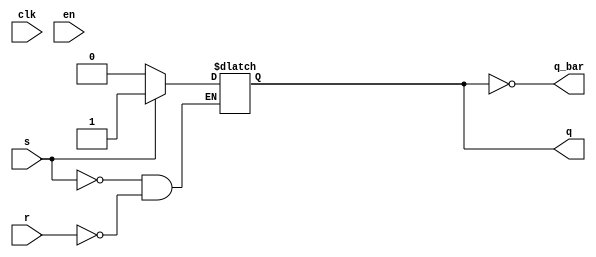
`timescale 1ps / 1ps
//////////////////////////////////////////////////////////////////////////////////
// Company: 
// Engineer: 
// 
// Design Name: 
// Module Name: SR_latch
// Project Name: 
// Target Devices: 
// Tool Versions: 
// Description: 
// 
// Dependencies: 
// 
// Revision:
// Revision 0.01 - File Created
// Additional Comments:
// 
//////////////////////////////////////////////////////////////////////////////////


module SR_latch(
    input wire s,
    input wire r,
    input wire clk,
    input wire en,
    output reg q,
    output wire q_bar
    );
    
    //wire en_clk = clk & en;
        
    assign q_bar = ~q;
always @(*)
begin
    if (s==1) q <= 1;
    else if(r==1) q <= 0;
    else q<=q;
end 
    
endmodule